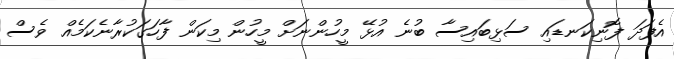
އެފަދަ ފޮނިކަނޑައި ސަޅިބައިސާ ބުނެ އުޅޭ މީހުންނަށް މީހުން މިކަން ފާހަގަކުރާނެކަމެއް ވެސް